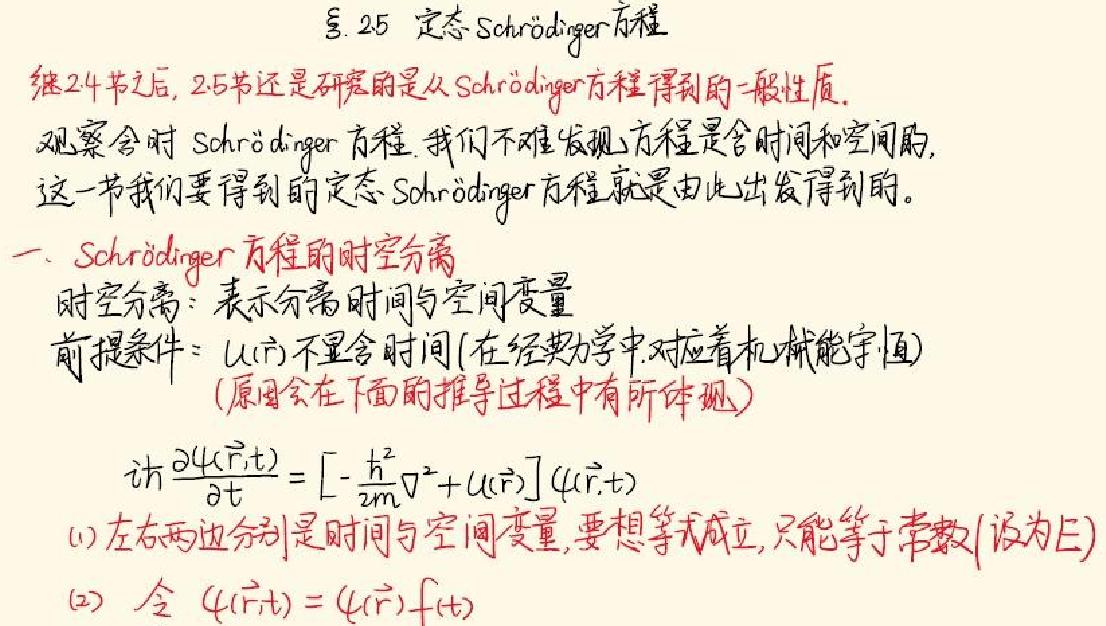
§.25 定态Schrödinger方程
继24节之后，25节还是研究的是从Schrödinger方程得到的一般性质。
观察含时Schrödinger方程，我们不难发现方程是含时间和空间的，这一节我们要得到的定态Schrödinger方程就是由此出发得到的。
一、Schrödinger方程的时空分离
时空分离：表示分离时间与空间变量
前提条件：$U(\vec{r})$不显含时间(在经典力学中对应着机械能守恒)
(原因会在下面的推导过程中有所体现)
$i\hbar\frac{\partial\psi(\vec{r},t)}{\partial t}=[-\frac{\hbar^{2}}{2m}\nabla^{2}+U(\vec{r})]\psi(\vec{r},t)$
(1) 左右两边分别是时间与空间变量，要想等式成立，只能等于常数(设为E)
(2) 令$\psi(\vec{r},t)=\psi(\vec{r})f(t)$